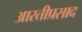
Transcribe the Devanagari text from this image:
आरतीप्रसाद